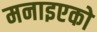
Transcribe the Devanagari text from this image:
मनाइएको